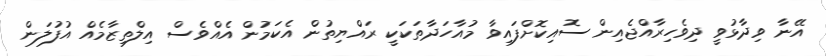
އޭނާ ވިދާޅުވީ ދިވެހިރާއްޖެއިން ސޮއިކޮށްފައިވާ މުއާހަދާތަކަކީ ރައްޔިތުން އެކަމުން އެއްވެސް އިލްތިޒާމެއް އުފުލަން